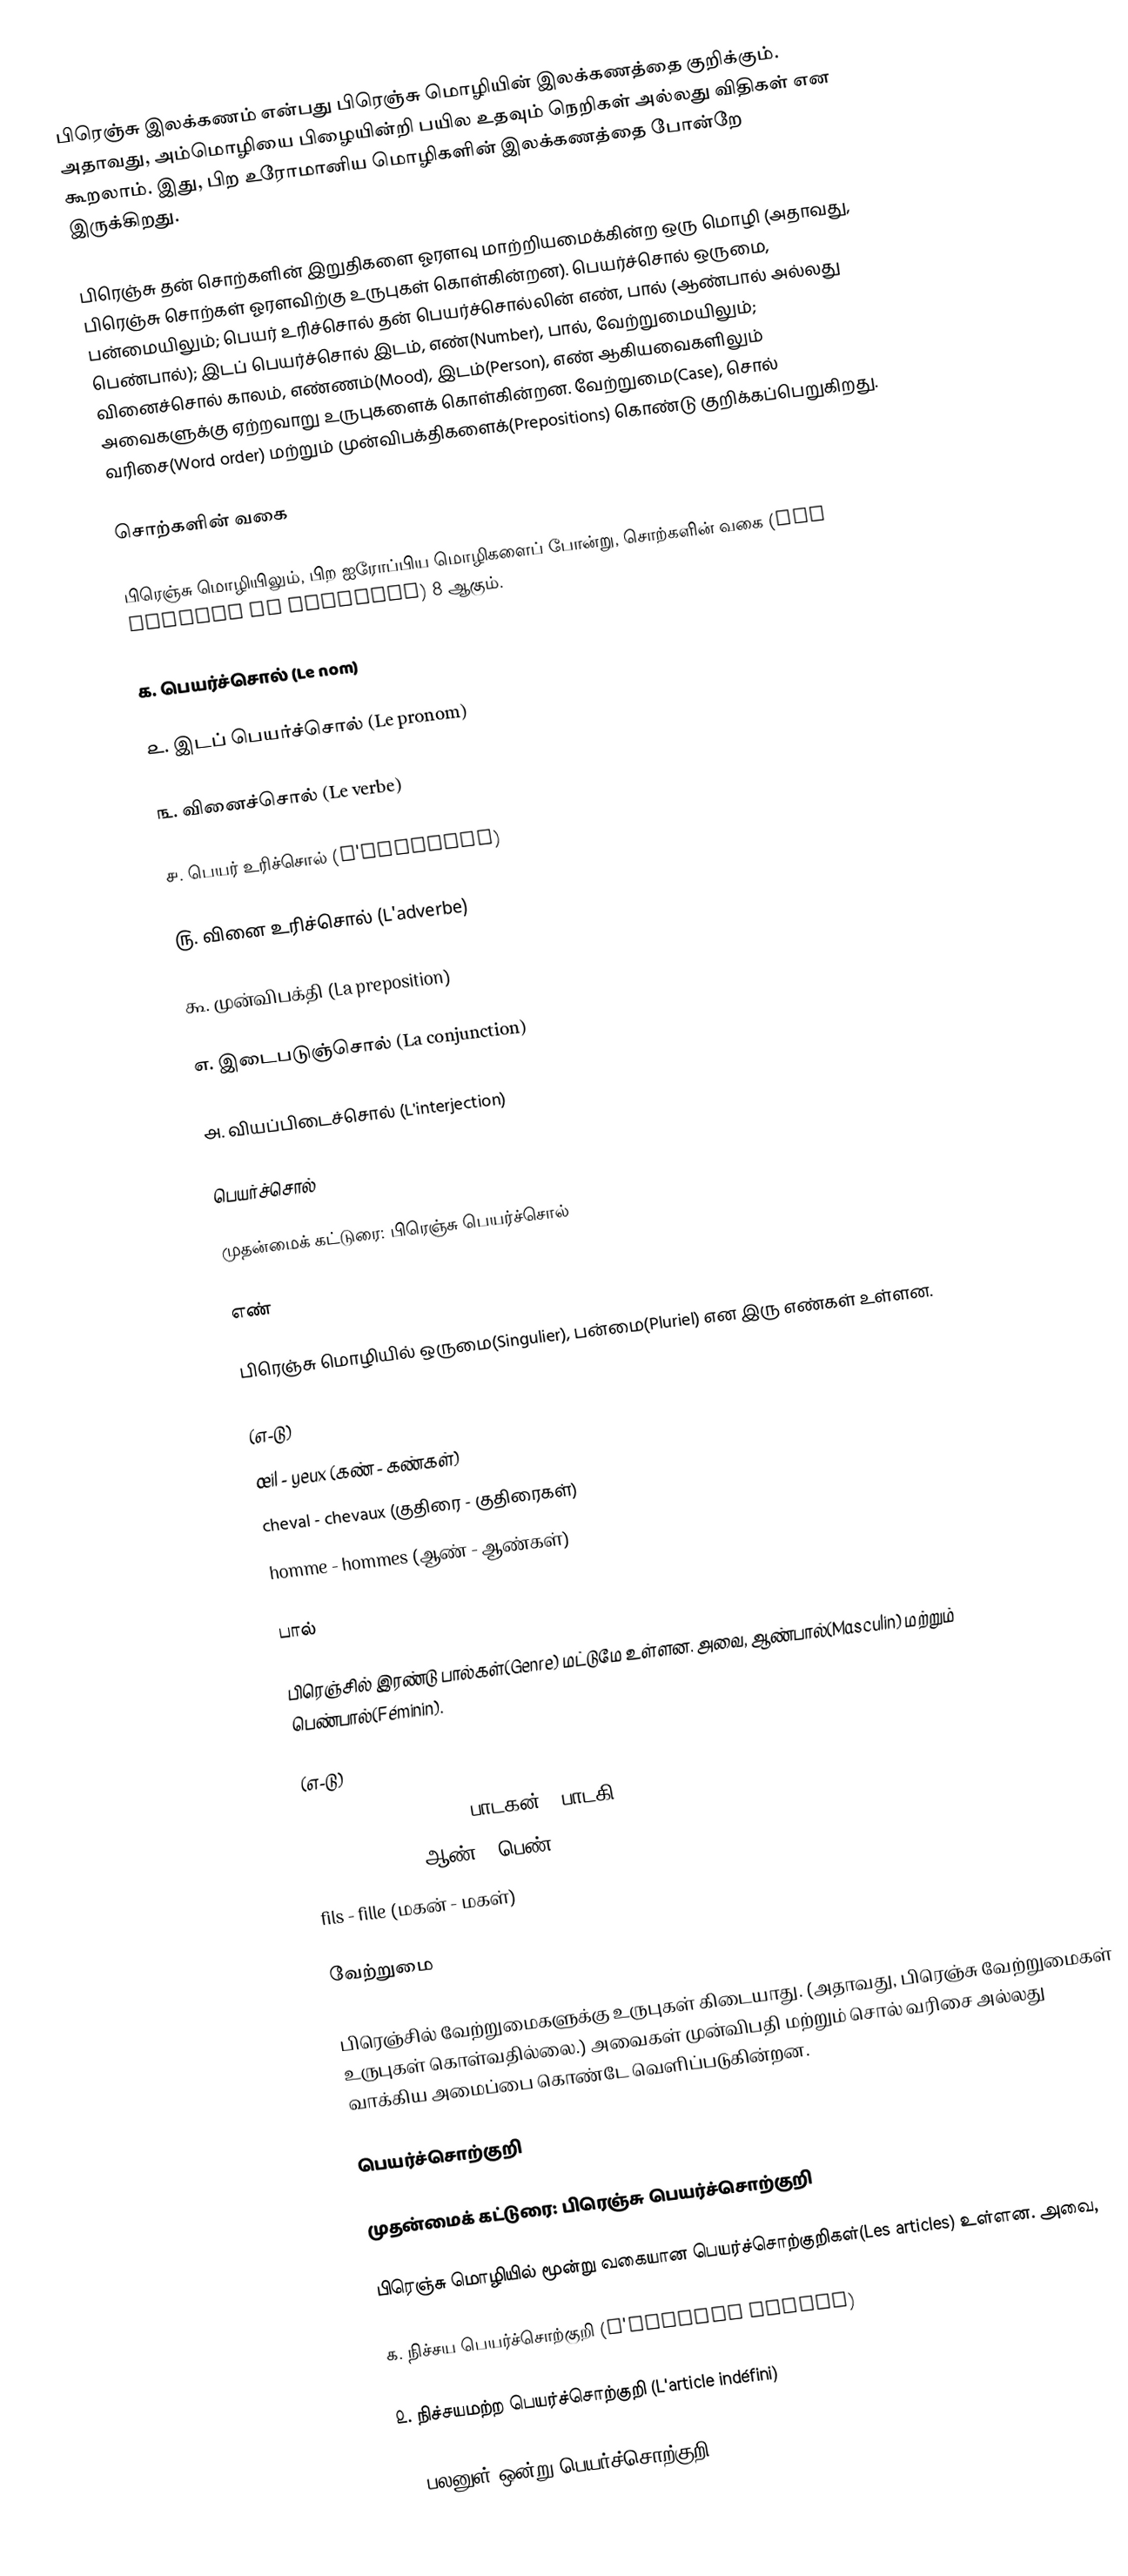
பிரெஞ்சு இலக்கணம் என்பது பிரெஞ்சு மொழியின் இலக்கணத்தை குறிக்கும். அதாவது, அம்மொழியை பிழையின்றி பயில உதவும் நெறிகள் அல்லது விதிகள் என கூறலாம். இது, பிற உரோமானிய மொழிகளின் இலக்கணத்தை போன்றே இருக்கிறது.

பிரெஞ்சு தன் சொற்களின் இறுதிகளை ஓரளவு மாற்றியமைக்கின்ற ஒரு மொழி (அதாவது, பிரெஞ்சு சொற்கள் ஓரளவிற்கு உருபுகள் கொள்கின்றன). பெயர்ச்சொல் ஒருமை, பன்மையிலும்; பெயர் உரிச்சொல் தன் பெயர்ச்சொல்லின் எண், பால் (ஆண்பால் அல்லது பெண்பால்); இடப் பெயர்ச்சொல் இடம், எண்(Number), பால், வேற்றுமையிலும்; வினைச்சொல் காலம், எண்ணம்(Mood), இடம்(Person), எண் ஆகியவைகளிலும் அவைகளுக்கு ஏற்றவாறு உருபுகளைக் கொள்கின்றன. வேற்றுமை(Case), சொல் வரிசை(Word order) மற்றும் முன்விபக்திகளைக்(Prepositions) கொண்டு குறிக்கப்பெறுகிறது.

சொற்களின் வகை

பிரெஞ்சு மொழியிலும், பிற ஐரோப்பிய மொழிகளைப் போன்று, சொற்களின் வகை (Les parties du discours) 8 ஆகும்.

௧. பெயர்ச்சொல் (Le nom)

௨. இடப் பெயர்ச்சொல் (Le pronom)

௩. வினைச்சொல் (Le verbe)

௪. பெயர் உரிச்சொல் (L'adjectif)

௫. வினை உரிச்சொல் (L'adverbe)

௬. முன்விபக்தி (La preposition)

௭. இடைபடுஞ்சொல் (La conjunction)

௮. வியப்பிடைச்சொல் (L'interjection)

பெயர்ச்சொல்

முதன்மைக் கட்டுரை: பிரெஞ்சு பெயர்ச்சொல்

எண்

பிரெஞ்சு மொழியில் ஒருமை(Singulier), பன்மை(Pluriel) என இரு எண்கள் உள்ளன.

(எ-டு)
 œil - yeux (கண் - கண்கள்)
 cheval - chevaux (குதிரை - குதிரைகள்)
 homme - hommes (ஆண் - ஆண்கள்)

பால்

பிரெஞ்சில் இரண்டு பால்கள்(Genre) மட்டுமே உள்ளன. அவை, ஆண்பால்(Masculin) மற்றும் பெண்பால்(Féminin).

(எ-டு)
 chanteur - chanteuse (பாடகன் - பாடகி)
 homme - femme (ஆண் - பெண்)
 fils - fille (மகன் - மகள்)

வேற்றுமை

பிரெஞ்சில் வேற்றுமைகளுக்கு உருபுகள் கிடையாது. (அதாவது, பிரெஞ்சு வேற்றுமைகள் உருபுகள் கொள்வதில்லை.) அவைகள் முன்விபதி மற்றும் சொல் வரிசை அல்லது வாக்கிய அமைப்பை கொண்டே வெளிப்படுகின்றன.

பெயர்ச்சொற்குறி

முதன்மைக் கட்டுரை: பிரெஞ்சு பெயர்ச்சொற்குறி

பிரெஞ்சு மொழியில் மூன்று வகையான பெயர்ச்சொற்குறிகள்(Les articles) உள்ளன. அவை,

௧. நிச்சய பெயர்ச்சொற்குறி (L'article défini)

௨. நிச்சயமற்ற பெயர்ச்சொற்குறி (L'article indéfini)

௩. பலனுள்-ஒன்று பெயர்ச்சொற்குறி (L'article partiti